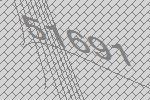
51691